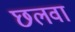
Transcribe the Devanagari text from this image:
छलवा